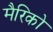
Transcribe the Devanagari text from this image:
मैरिको